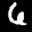
Label: 6